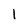
Character: l